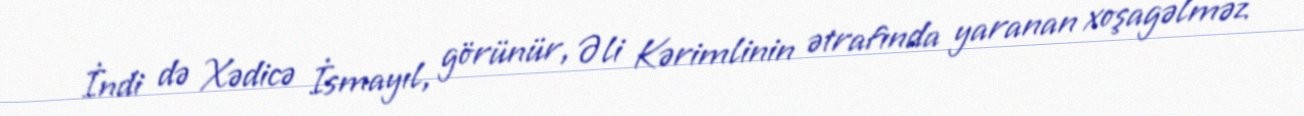
İndi də Xədicə İsmayıl, görünür, Əli Kərimlinin ətrafında yaranan xoşagəlməz